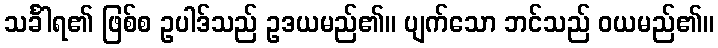
သင်္ခါရ၏ ဖြစ်စ ဥပါဒ်သည် ဥဒယမည်၏။ ပျက်သော ဘင်သည် ဝယမည်၏။